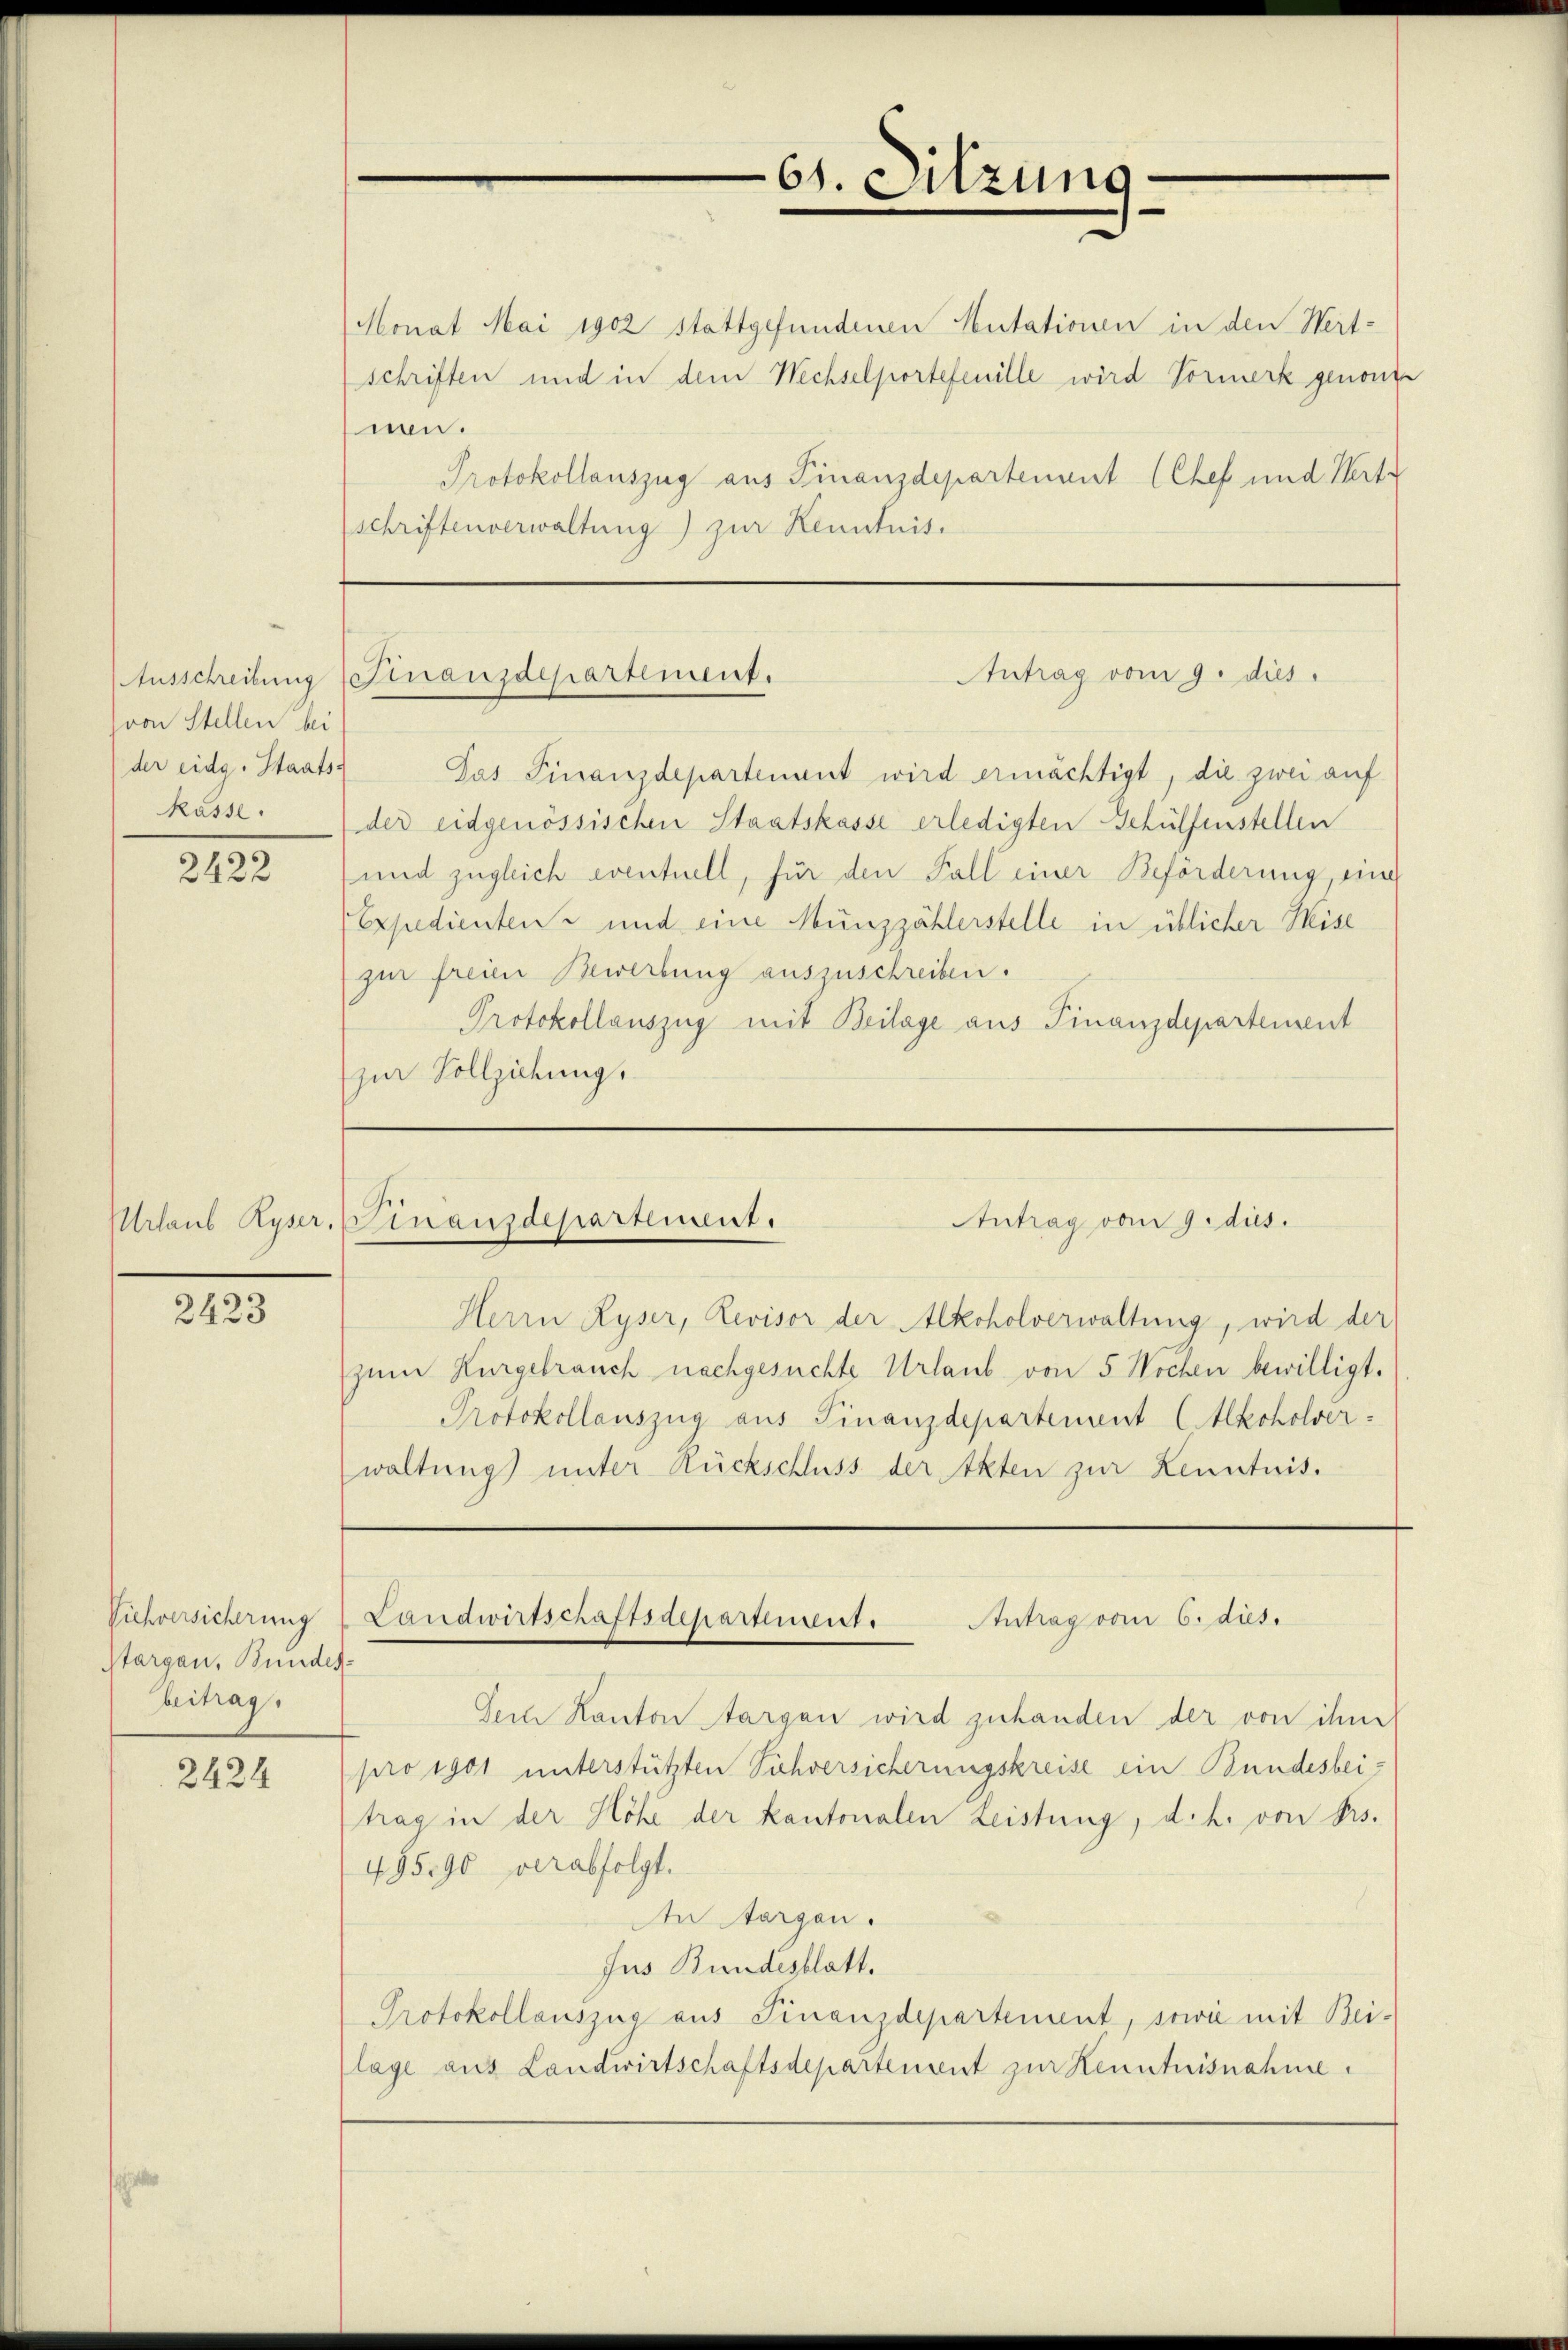
von Stellen bei
der eidg. Staats-
kasse.

2422

Urlaub Ryser

2423

Viehversicherung
Aargau, Bundesbeitrag.

2424

Monat Mai 1902 stattgefundenen Mutationen in den Wert-
schriften und in dem Wechselportefenille wird Vormerk genom
nen.
Protokollauszug aus Finanzdepartement (Chef und Vertr
schriftenverwaltung) zur Kenntnis.

Antrag vom 9. dies
Ausschreibung Finanzdepartement.

Antrag vom 9. dies
Dinausdepartement.

Pas Finanzdepartement wird ermächtigt, die zwei auf
der eidgenössischen Staatskasse erledigten Gehülfenstellen
und zugleich eventuell, für den Fall einer Beförderung, eine
Expedienten und eine Münzzählerstelle in üblicher Heise
zur freien Bewerbung auszuschreiben.
Protokollauszug mit Beilage aus Finanzdepartement
zur Vollziehung.

Herrn Ryser, Revisor der Alkoholverwaltung, wird der
zum Kurgebrauch nachgesuchte Urlaub von 5 Wochen bewilligt.
Protokollauszug aus Finanzdepartement (Alkoholverwaltung) unter Rückschluss der Akten zur Kenntnis.

Sein Kanton Aargau wird zuhanden der von ihm
pro 1901 unterstützten Sichversicherungskreise ein Bundesbeitrag in der Höhe der kantonalen Leistung, d. h. von Frs.
495,90 verabfolgt.
An Aargau.
Jus Bundesblatt.
Protokollauszug aus Finanzdepartement, sowie mit Bei-
lage aus Landwirtschaftsdepartement zur Kenntnisnahme.

65. Sitzung

Antrag vom 6. dies.
Landwirtschaftsdepartement.